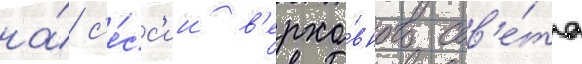
на́ с'е́сс'ии в'ерхо́вного сов'е́та